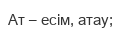
Ат – есім, атау;